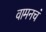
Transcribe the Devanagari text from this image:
वामनचं